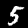
Label: 5